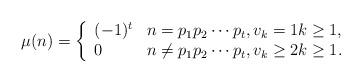
LaTeX: \begin{align*}\mu (n)=\left \{\begin{array}{ll} (-1)^t & n =p_1p_2\cdots p_t,v_k=1 k\geq 1, \\ 0 & n \neq p_1p_2\cdots p_t,v_k\geq 2 k\geq 1. \end{array} \right.\end{align*}